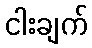
ငါးချက်